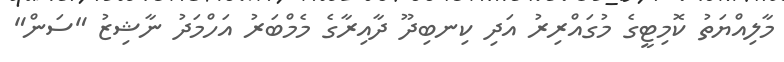
މާލިއްޔަތު ކޮމިޓީގެ މުގައްރިރު އަދި ކިނބިދޫ ދާއިރާގެ މެމްބަރު އަހްމަދު ނާޝިޒު "ސަން"